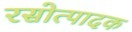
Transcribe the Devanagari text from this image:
रसोत्पादक